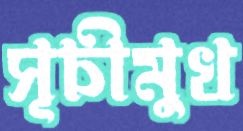
সূচীমুখ